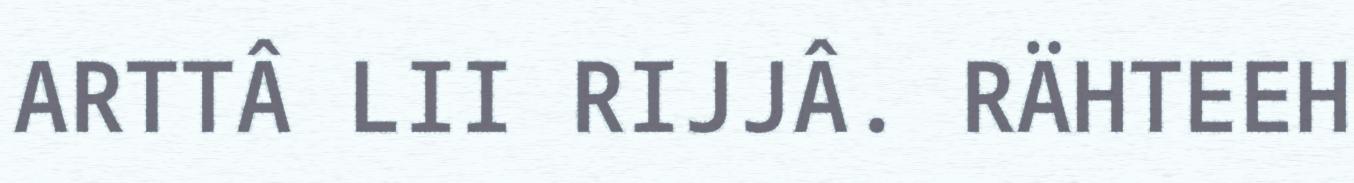
ARTTÂ LII RIJJÂ. RÄHTEEH